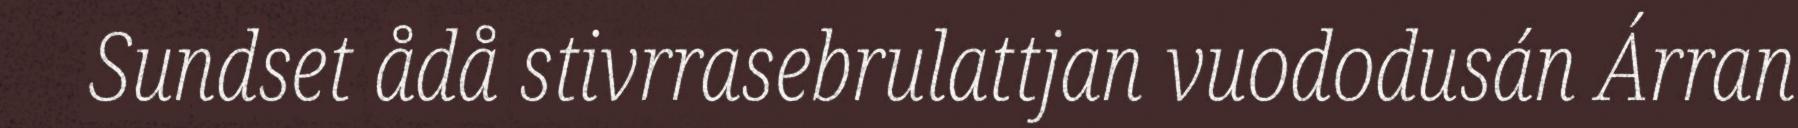
Sundset ådå stivrrasebrulattjan vuododusán Árran